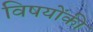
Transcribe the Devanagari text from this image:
विषयोंकी